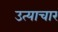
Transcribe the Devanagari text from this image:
उत्याचार